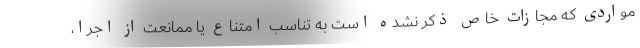
مواردی که مجازات خاص ذکر نشده است به تناسب امتناع یا ممانعت از اجرا،